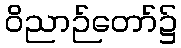
ဝိညာဉ်တော်၌